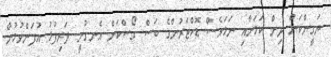
ޔަގީންކަން ދިން ކަމަށާއި ނަމަވެސް ޑޮކްޓަރުންގެ ބަސް ގޯސްކަން އެނގުނީ ދަރިފުޅު އުފަންވުމުން